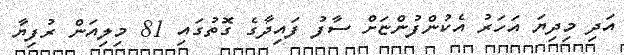
އަދި މިދިޔަ އަހަރު އެކުންފުންޏަށް ސާފު ފައިދާގެ ގޮތުގައި 81 މިލިއަން ރުފިޔާ